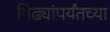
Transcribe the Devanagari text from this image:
पिढ्यांपर्यंतच्या